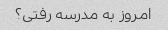
امروز به مدرسه رفتی؟